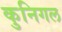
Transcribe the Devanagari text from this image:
कुनिगल